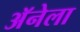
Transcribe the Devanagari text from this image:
अॅनेला